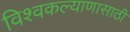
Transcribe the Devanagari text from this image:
विश्वकल्याणासाठी